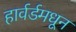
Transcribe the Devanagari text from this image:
हार्वर्डमधून